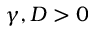
\gamma , D > 0